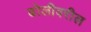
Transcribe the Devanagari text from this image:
ढोलीवरील